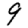
Digit: 9